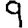
Digit: 9